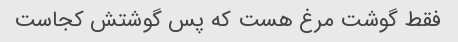
فقط گوشت مرغ هست که پس گوشتش کجاست